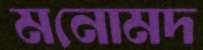
মনোমদ